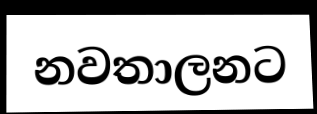
නවතාලනට